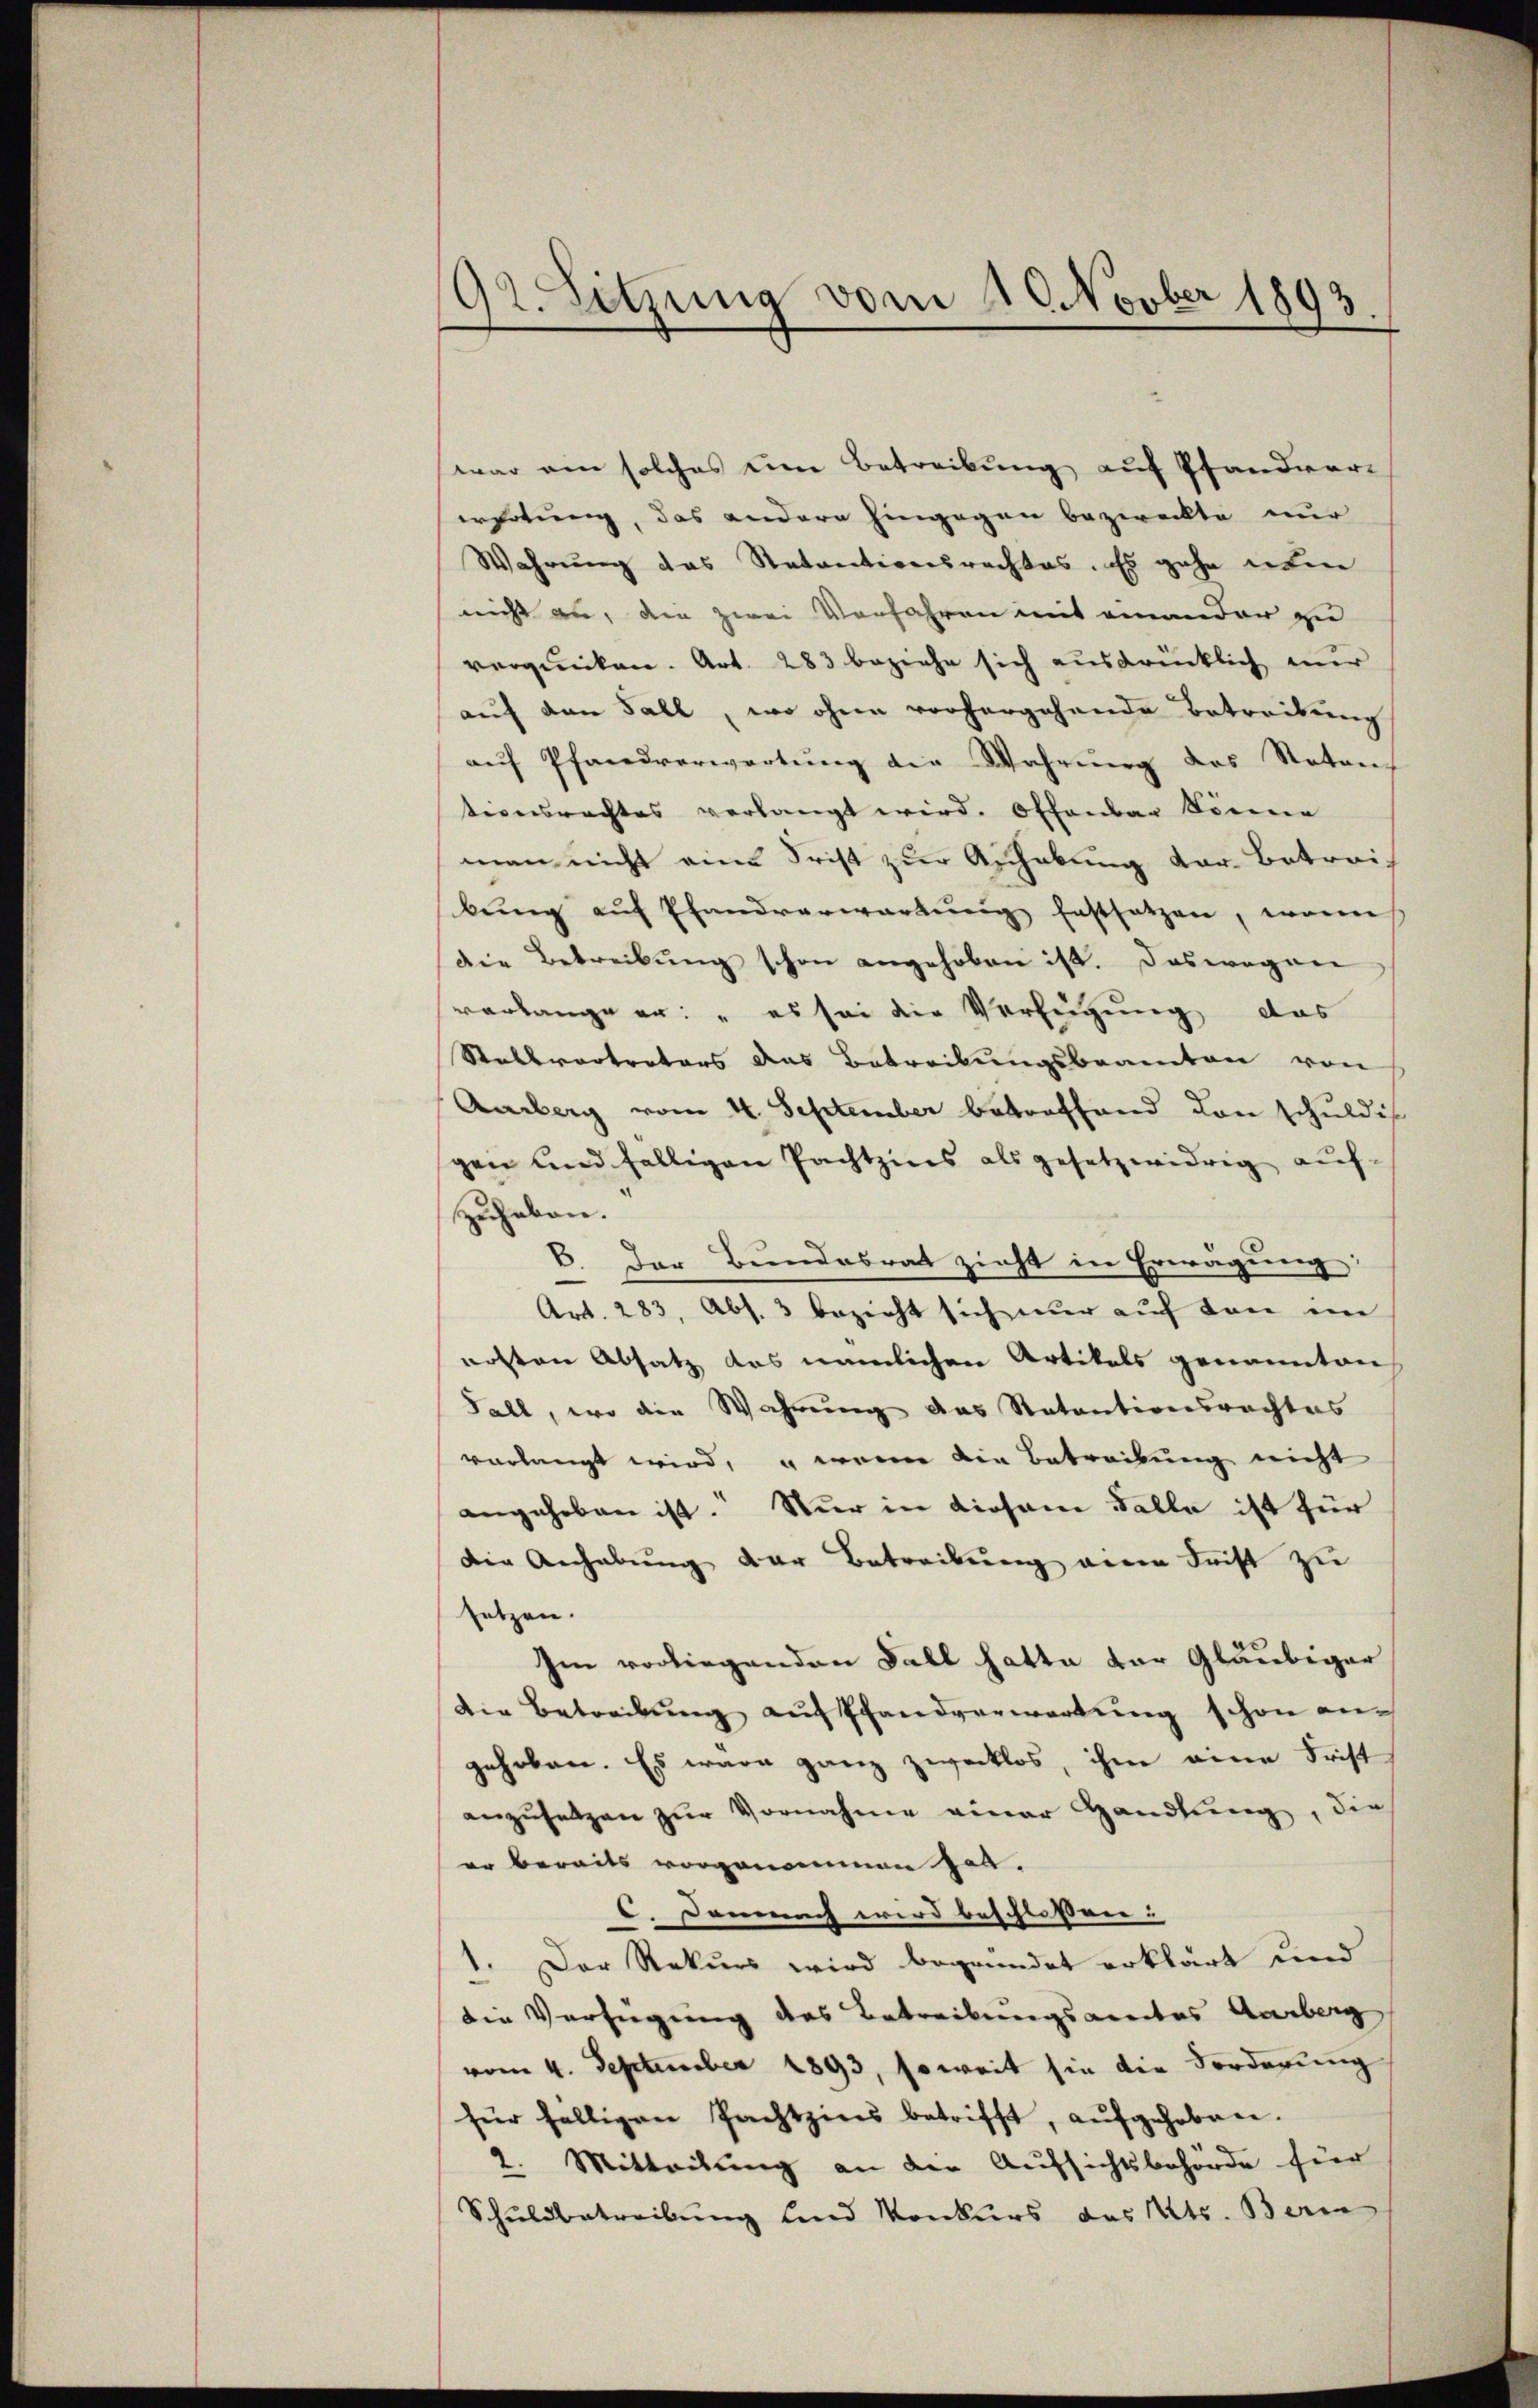
92. Sitzung vom 10. Novber 1893.

war ein solches um Betreibung auf Pfandvererholung, das andere hingegen bezweckte nur
Wahrung das Ratentionsrechtes. Es gehe eben
nicht an, den zwei Vorfahren mit einander zu
verquicken. Art. 283 beziehe sich ausdrücklich nur
auf den Fall, wo ohne vorhergehende Betreitung
aŭf Pfandverwartung die Wahrung des Noten
tionsrechtes verlangt wird. Offenbar Sonnen
man nicht eine Frist zur Anhebung der Betreibŭng aŭf Pfandverwartung festsetzen, wenn
die Betreibŭng schon angehoben ist. Das wegen
verlange er: „es sei die Verfügung das
Stellvertrators das Betreibungsbeamten von
Aarberg vom 4. September betreffend den schuldis
gen und fälligen Pachtzins als gesetzwidrig auf-
zuhaben.
6. Der Bundesrat zieht in Erwägung
Art. 283, Abs. 3 bezieht sich nur auf den ein
notten Absatz das nämlichen Artikels genannten
Fall, wo die Wahrung des Ratentionsrachtes
verlangt wird, wenn die Betreibung nicht
angehoben ist. Nur in diesem Falle ist für
Die Anhabŭng der Betreibŭng eine Frist zu
setzen.
Im vorliegenden Fall hatte der Gläubiger
Die Betreibŭng aŭf Pfandverwartŭng schon angehoben. Es wäre ganz zwecklos, ihm eine Frist
anzŭsetzen zŭr Vornahme einer Handlŭng, die
er bereits vorgenommen hat.
C. Demnach wird beschlossen:
 Der Rekurs wird begründet erklärt und
.
die Verfügung des Betreibungsames Aarberg
vom 4. September 1893, soweit sie die Forderung
für fälligen Pachtzins betrifft, aŭfgehoben.
2. Mitteilung an die Aufsichtsbehörde für
Schuldbetreibung und Konkurs des Kts. Bern